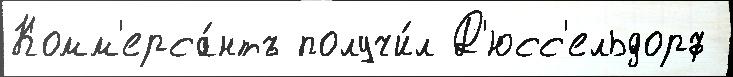
Комм'ерса́нтъ получи́л Д'юсс'ельдорф